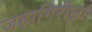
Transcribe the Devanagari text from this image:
जहागिरीला